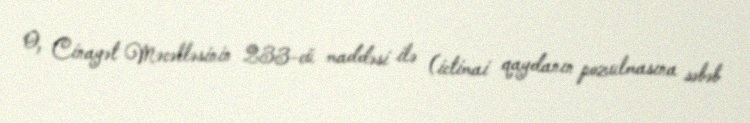
O, Cinayət Məcəlləsinin 233-cü maddəsi ilə (ictimai qaydanın pozulmasına səbəb